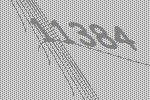
11384